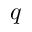
q